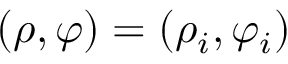
( \rho , \varphi ) = ( \rho _ { i } , \varphi _ { i } )